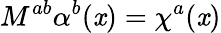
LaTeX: M^{ab}\alpha^{b}(\mathit{x})=\chi^{a}(\mathit{x})